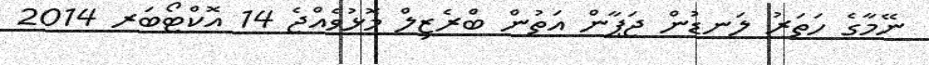
ނޭމާގެ ހަތަރު ލަނޑުން ޖަޕާން އަތުން ބްރެޒިލް މޮޅުވެއްޖެ 14 އޮކްޓޯބަރ 2014